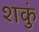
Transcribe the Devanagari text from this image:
शकुं